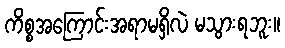
ကိစ္စအကြောင်းအရာမရှိလဲ မသွားရဘူး။